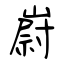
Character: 嶎